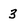
Character: 3